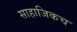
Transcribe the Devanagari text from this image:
साहाजिकच